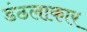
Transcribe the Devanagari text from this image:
डंठलाकार